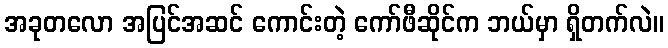
အခုတလော အပြင်အဆင် ကောင်းတဲ့ ကော်ဖီဆိုင်က ဘယ်မှာ ရှိတက်လဲ။